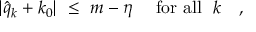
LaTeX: \vert \hat { q } _ { k } + k _ { 0 } \vert \ \leq \ m - \eta \quad \mathrm { ~ f o r ~ a l l ~ } \ k \quad ,